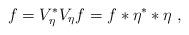
LaTeX: \begin{align*}f = V_{\eta}^{*} V_{\eta}f = f \ast\eta^{*} \ast\eta~,\end{align*}